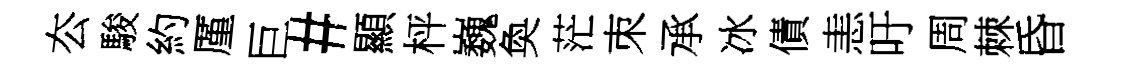
厺駿約厪巨#顯枰巍奐茫朿承冰債恚吁周棘昏